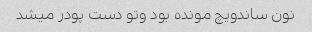
نون ساندویچ مونده بود وتو دست پودر میشد